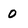
Character: 0